Annual report on the working of the lock hospitals in the Central Provinces
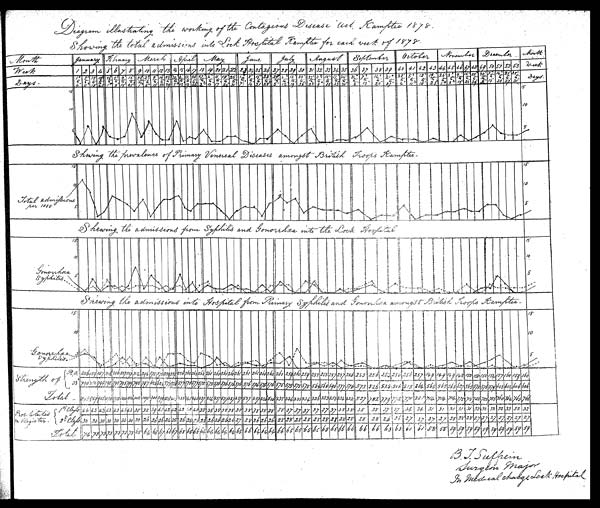
January.F e b r u a r y .
March.
April. May.
J u n e .
J u l y .
A u g u s t .
S e p t e m b e r .
October.
November.
December.
Month.
Month
W e e k .
Days.
Week
Days.
D r a w i n g i l l u s t r a t i n g t h e w o r k i n g o f t h e C o n t a g e o u s D i s e a s e a c t K a m p t e e 1 8 7 8 .
Showing the total admissions into Lock Hospital Kamptee for each week of 1878.
Showing the Prevalance of Primary Veneral Diseases amongst British Troops Kamptee.
T o t a l a d m i s s i o n s p e r 1 0 0 0
Gonorrhœa Syphilis.
strength of Total.
Gonorrhœa Syphilis.
RCl
33
1st Class.
2nd Class.
P r o t i t u t e s o n R e g i s t e r .
T o t a l .
B.J.Sufferin Surgeon major
In medical charge Lock Hospital.